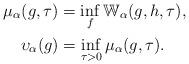
LaTeX: \begin{align*}\mu_{\alpha}(g,\tau)&=\inf_{f}{\mathbb{W}_{\alpha}(g, h, \tau)},\\\upsilon_{\alpha}(g)&=\inf_{\tau>0}{\mu_{\alpha}(g,\tau)}.\end{align*}